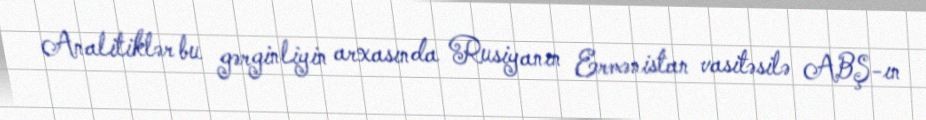
Analitiklər bu gərginliyin arxasında Rusiyanın Ermənistan vasitəsilə ABŞ-ın